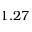
1 . 2 7